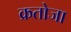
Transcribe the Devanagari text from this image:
क्रतोजा